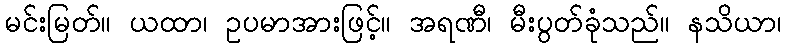
မင်းမြတ်။ ယထာ၊ ဥပမာအားဖြင့်။ အရဏီ၊ မီးပွတ်ခုံသည်။ နသိယာ၊